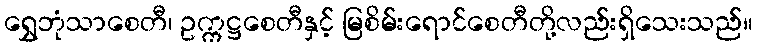
ရွှေဘုံသာစေတီ၊ ဥက္ကဋ္ဌစေတီနှင့် မြစိမ်းရောင်စေတီတို့လည်းရှိသေးသည်။